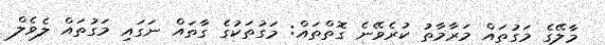
މާލޭގެ މަގުތައް މަރާމާތު ކުރެވޭނެ ގޮތްތައް: މަގުތަކުގެ ގާތައް ނަގައި މަގުތައް ލެވެލް